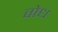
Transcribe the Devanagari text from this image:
वोध